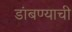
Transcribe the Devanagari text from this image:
डांबण्याची